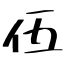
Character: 伍